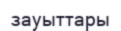
зауыттары